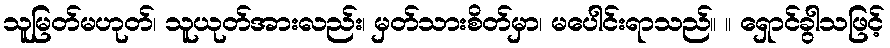
သူမြတ်မဟုတ်၊ သူယုတ်အားလည်း၊ မှတ်သားစိတ်မှာ၊ မပေါင်းရာသည်။ ။ ရှောင်ခွါသဖြင့်